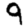
Digit: 9